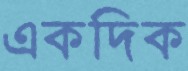
একদিক